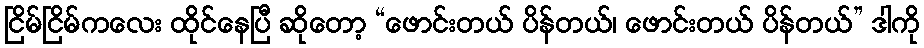
ငြိမ်ငြိမ်ကလေး ထိုင်နေပြီ ဆိုတော့ “ဖောင်းတယ် ပိန်တယ်၊ ဖောင်းတယ် ပိန်တယ်” ဒါကို